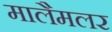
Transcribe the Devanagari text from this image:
मालैमलर